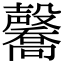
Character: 毊